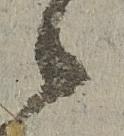
候